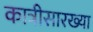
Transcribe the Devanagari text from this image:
कात्रीसारख्या